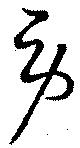
労